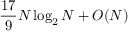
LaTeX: { \frac { 1 7 } { 9 } } N \log _ { 2 } N + O ( N )